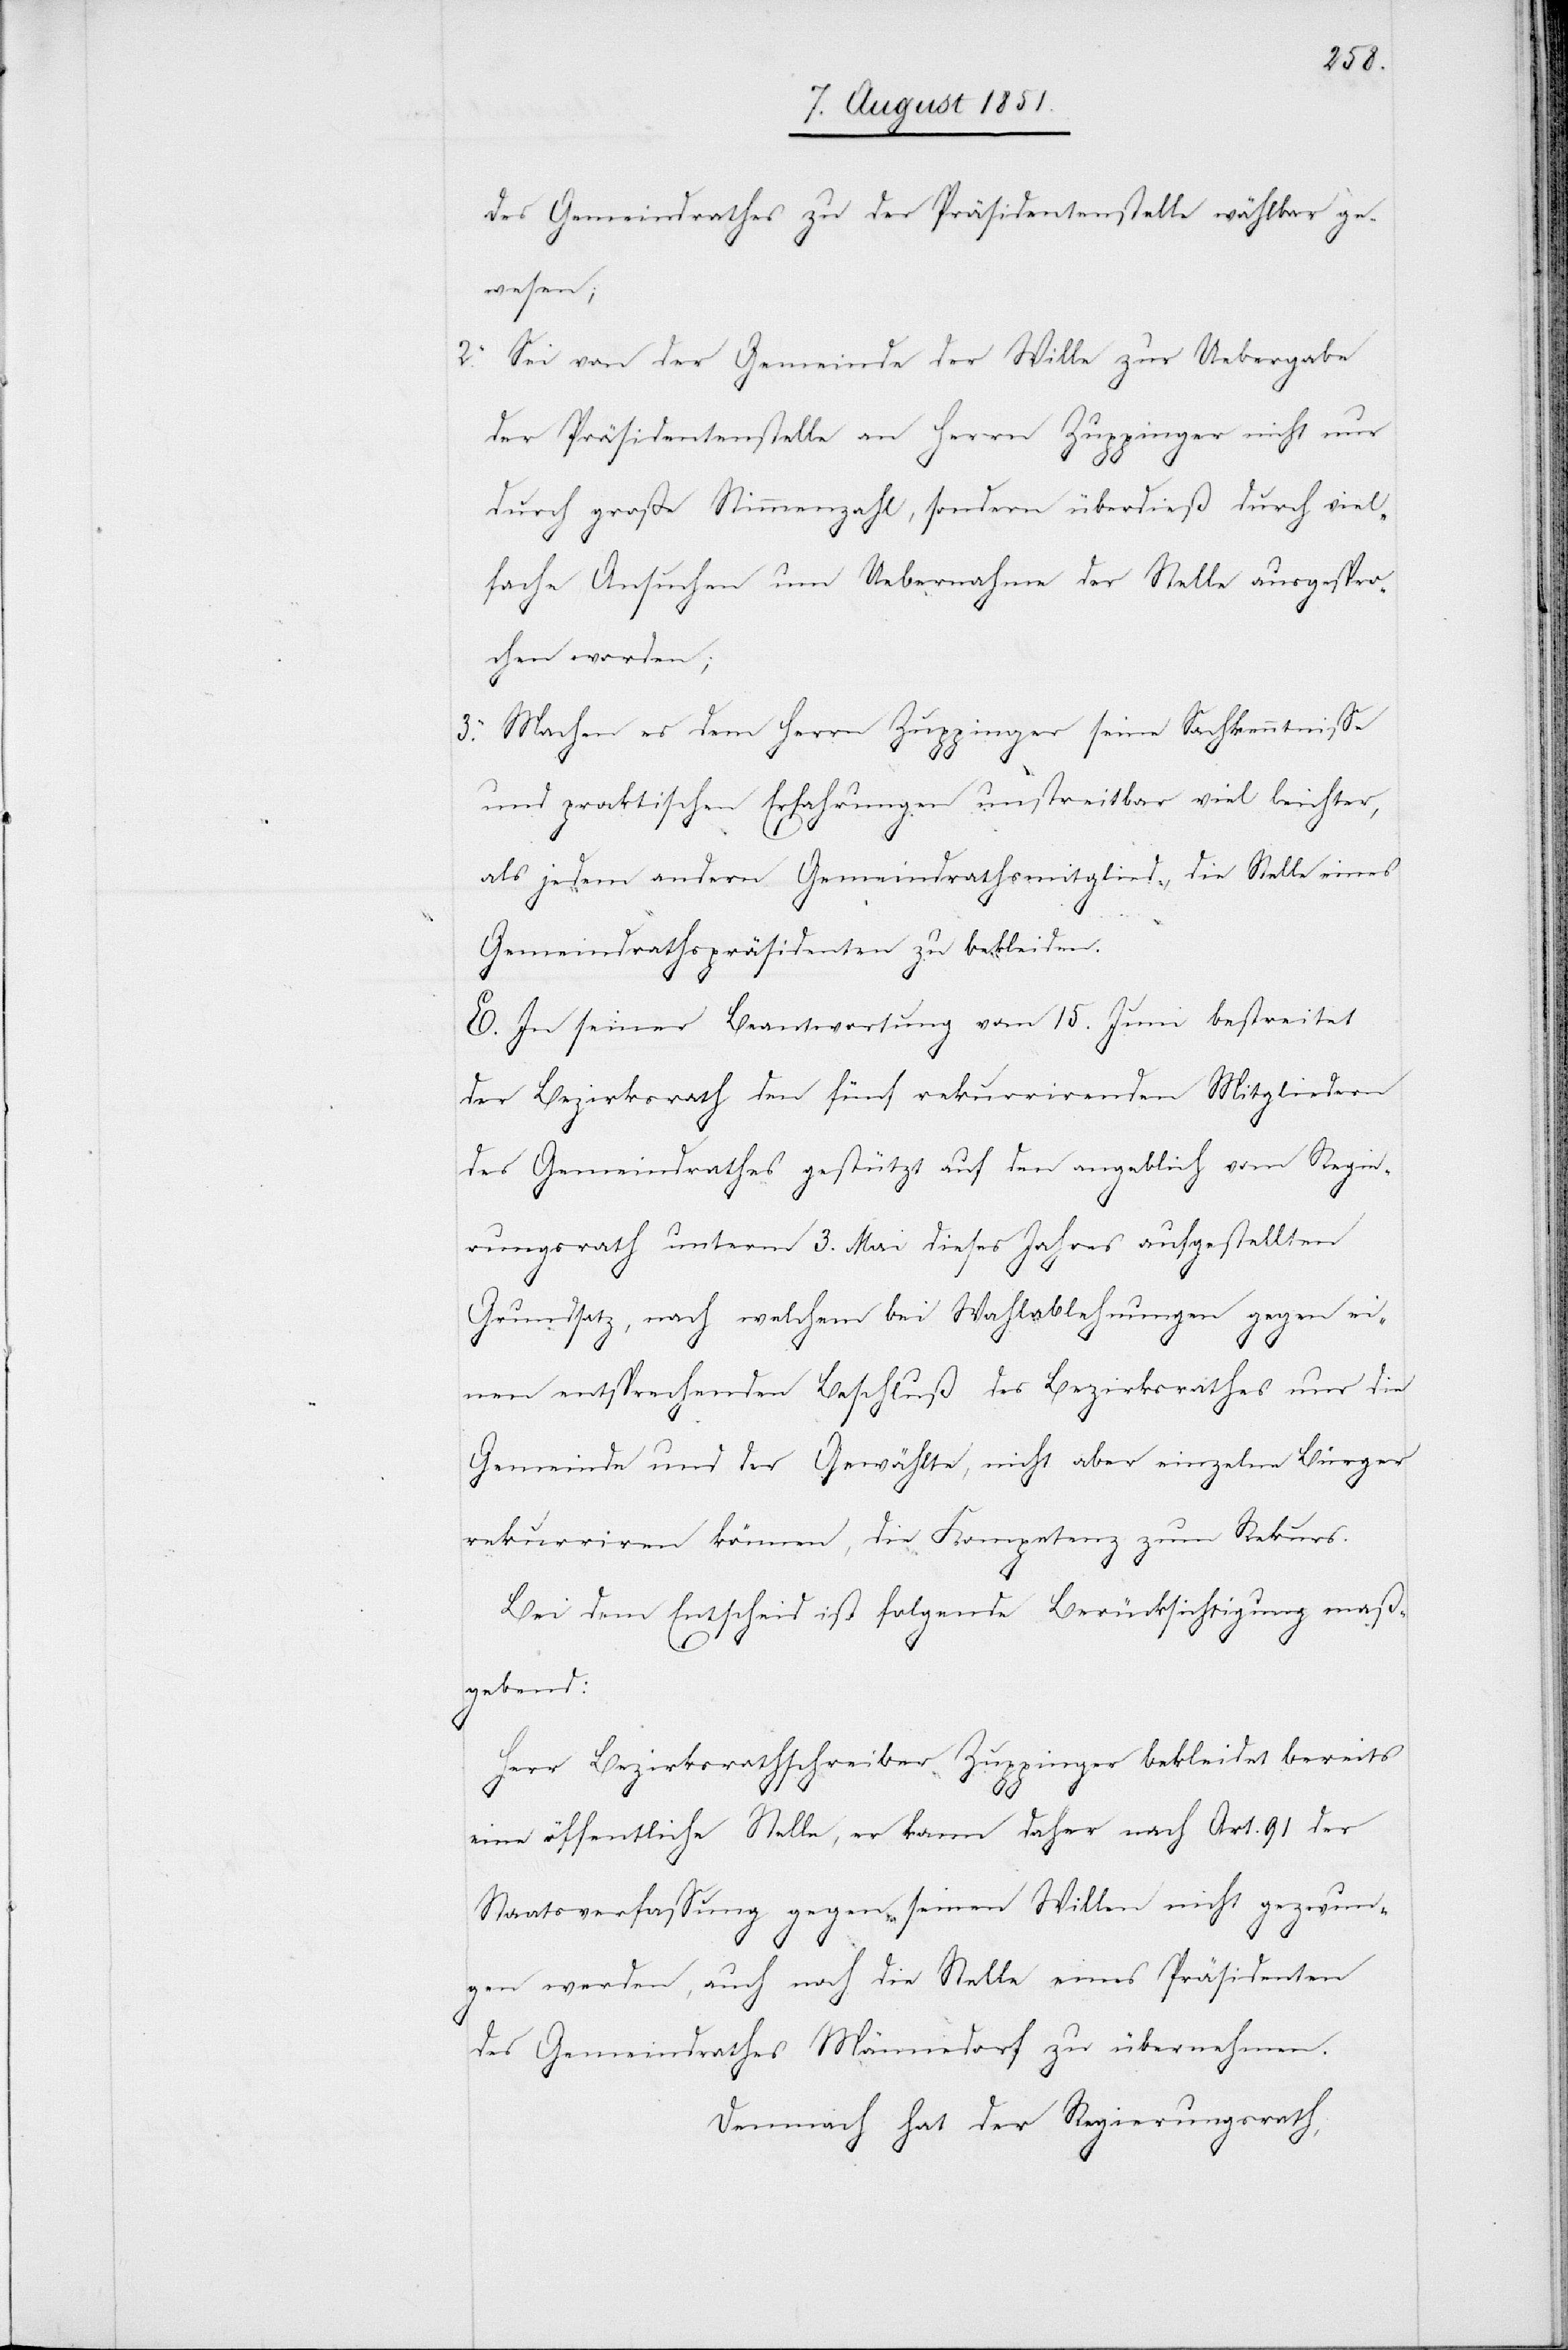
3.

des Gemeindrathes zu der Präsidentenstelle wählbar ge¬
wesen;
Sei von der Gemeinde der Wille zur Uebergabe
der Präsidentenstelle an Herrn Zuppinger nicht nur
durch große Stimmenzahl, sondern überdieß durch viel¬
fache Ansuchen um Uebernahme der Stelle ausgespro¬
chen worden;
Machen es dem Herrn Zuppinger seine Sachkenntnisse
und praktischen Erfahrungen unstreitbar viel leichter,
als jedem andern Gemeindrathsmitglied, die Stelle eines
Gemeindrathspräsidenten zu bekleiden.
E. In seiner Beantwortung vom 15. Juni bestreitet
der Bezirksrath den fünf rekurrirenden Mitgliedern
des Gemeindrathes gestützt auf den angeblich vom Regie¬
rungsrath unterm 3. Mai dieses Jahres aufgestellten
Grundsatz, nach welchem bei Wahlablehnungen gegen ei¬
nen entsprechenden Beschluß des Bezirksrathes nur die
Gemeinde und der Gewählte, nicht aber einzelne Bürger
rekurriren können, die Kompetenz zum Rekurs.
Bei dem Entscheid ist folgende Berücksichtigung maß¬
gebend:
Herr Bezirksrathschreiber Zuppinger bekleidet bereits
eine öffentliche Stelle, er kann daher nach Art. 91 der
Staatsverfassung gegen seinen Willen nicht gezwun¬
gen werden, auch noch die Stelle eines Präsidenten
des Gemeindrathes Männedorf zu übernehmen.
Demnach hat der Regierungsrath,